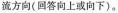
流方向(回答向上或向下)。